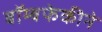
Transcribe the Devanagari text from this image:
बॉम्बफेकीने